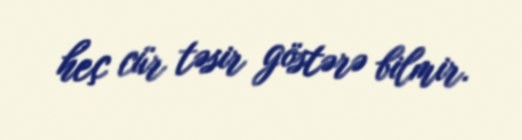
heç cür təsir göstərə bilmir.